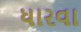
ધારવા